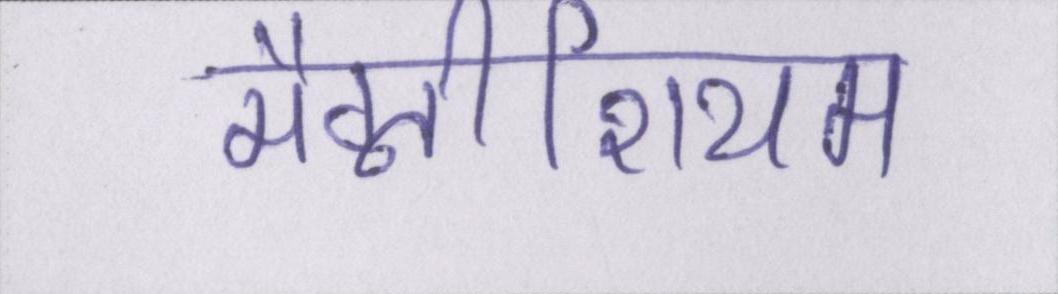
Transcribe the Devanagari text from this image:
मैग्नीशियम